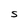
Character: S